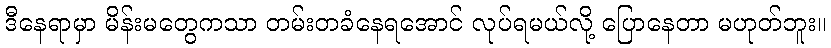
ဒီနေရာမှာ မိန်းမတွေကသာ တမ်းတခံနေရအောင် လုပ်ရမယ်လို့ ပြောနေတာ မဟုတ်ဘူး။